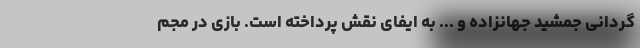
گردانی جمشید جهانزاده و ... به ایفای نقش پرداخته است. بازی در مجم